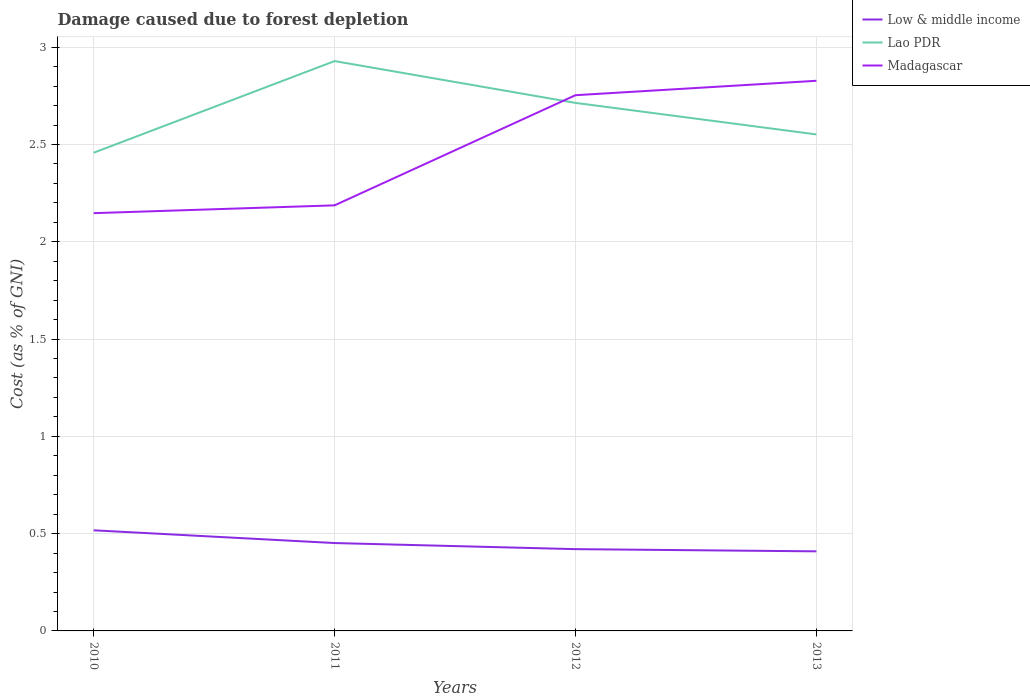
| Years | Low & middle income | Lao PDR | Madagascar |
 | --- | --- | --- | --- |
 | 2010 | 0.517 | 2.46 | 2.15 |
 | 2011 | 0.452 | 2.93 | 2.19 |
 | 2012 | 0.42 | 2.71 | 2.75 |
 | 2013 | 0.409 | 2.55 | 2.83 |